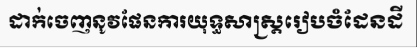
ដាក់ចេញនូវផែនការយុទ្ធសាស្ត្ររៀបចំដែនដី